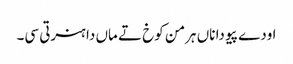
اودے پیو دا ناں ہرمن کوخ تے ماں دا ہنرتی سی۔